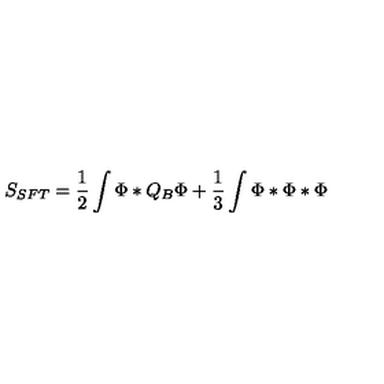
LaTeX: S _ { S F T } = \frac 1 2 \int \Phi * Q _ { B } \Phi + \frac 1 3 \int \Phi * \Phi * \Phi